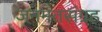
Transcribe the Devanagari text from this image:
जनमतसंग्रह